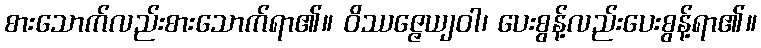
စားသောက်လည်းစားသောက်ရာ၏။ ဝိဿဇ္ဇေယျဝါ၊ ပေးစွန့်လည်းပေးစွန့်ရာ၏။